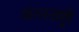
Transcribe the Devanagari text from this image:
अंतरराष्ट्री